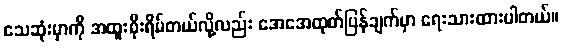
သေဆုံးမှာကို အထူးစိုးရိမ်တယ်လို့လည်း အေအေထုတ်ပြန်ချက်မှာ ရေးသားထားပါတယ်။